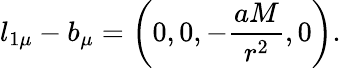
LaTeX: l_{1\mu}-b_{\mu}=\left(0,0,-\frac{aM}{r^{2}},0\right).